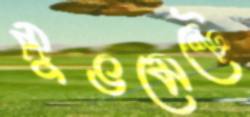
মুভমেন্টে